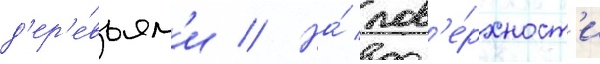
д'ер'е́вьям'и // На́ пов'е́рхност'и